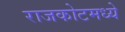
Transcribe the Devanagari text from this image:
राजकोटमध्ये